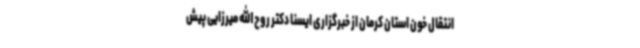
انتقال خون استان کرمان از خبرگزاری ایسنا دکتر روح الله میرزایی پیش